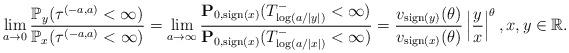
LaTeX: \begin{align*}\lim_{a\to0}\frac{\mathbb{P}_y(\tau^{(-a,a)}<\infty)}{\mathbb{P}_x(\tau^{(-a,a)}<\infty)} = \lim_{a\to\infty}\frac{ \mathbf{P}_{0, {\rm sign}(x)}(T^-_{\log (a/|y|)}<\infty)}{ \mathbf{P}_{0, {\rm sign}(x)}(T^-_{\log (a/|x|)}<\infty)} = \frac{v_{{\rm sign}(y)}(\theta)}{v_{{\rm sign}(x)}(\theta)}\left|\frac{y}{x}\right|^\theta, x,y\in\mathbb{R}.\end{align*}